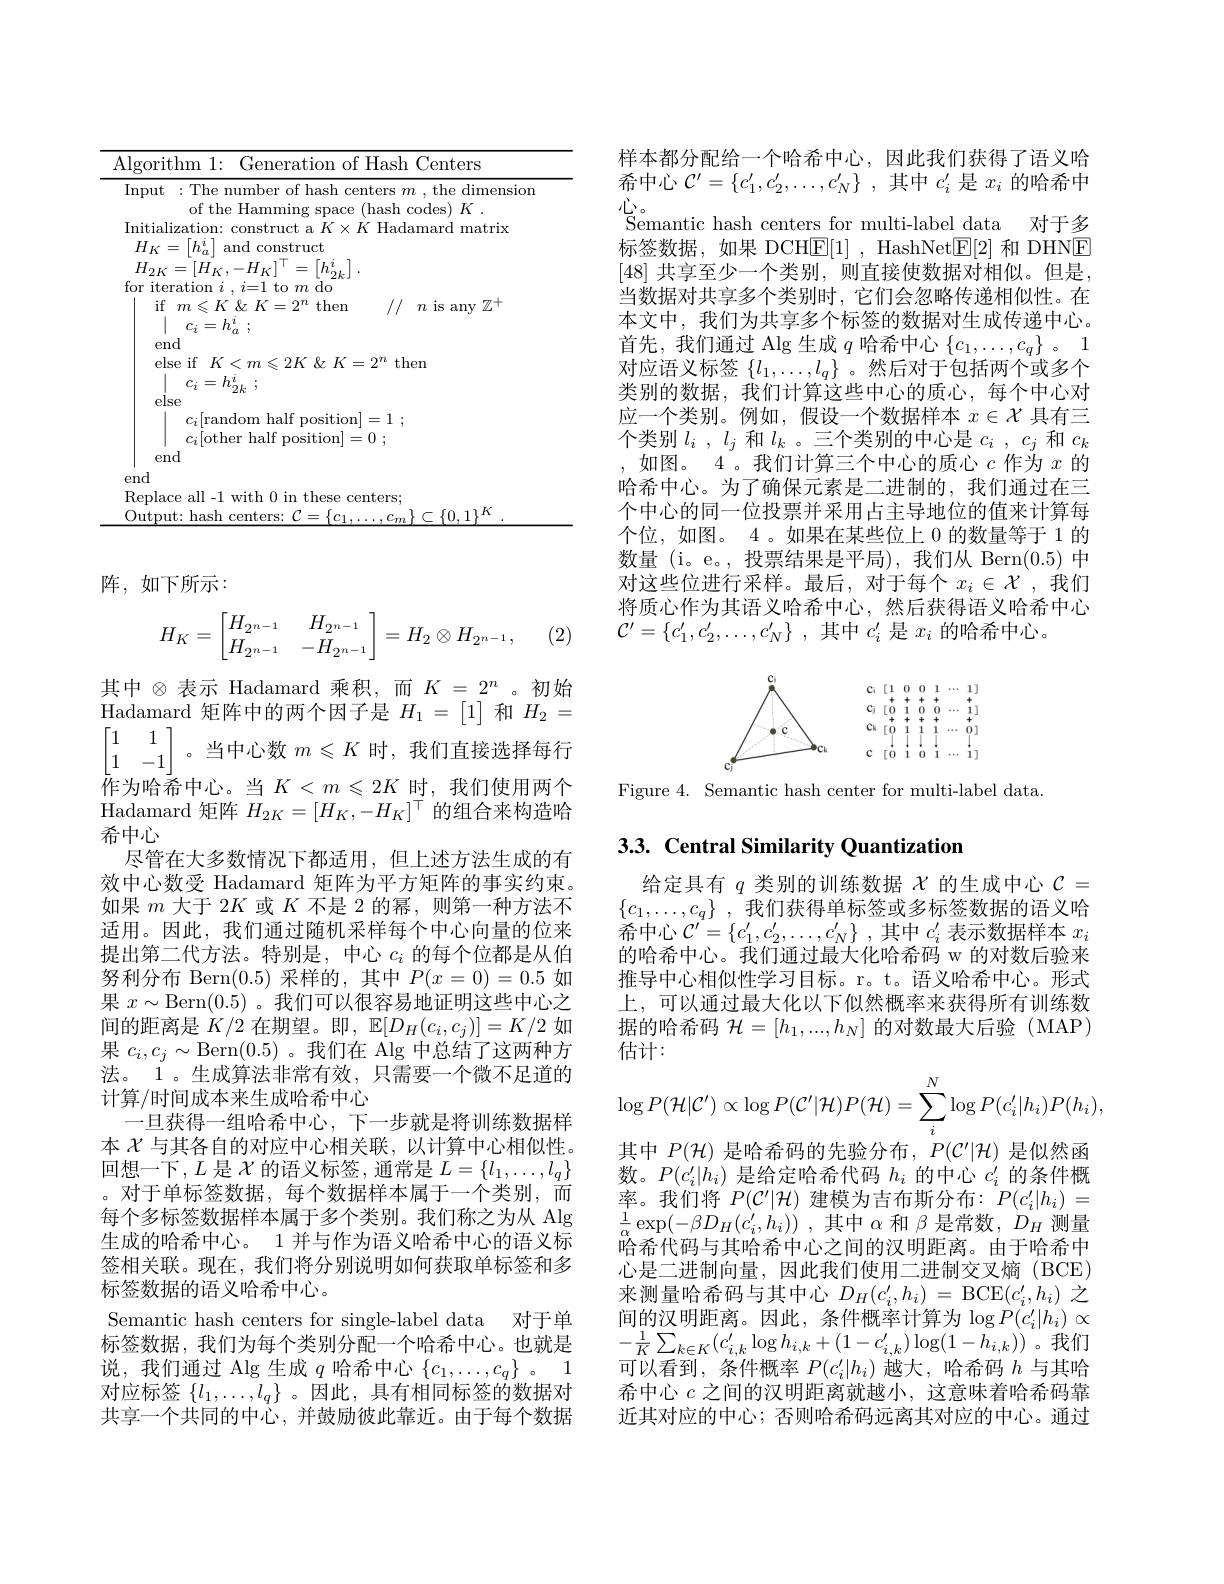
<table>
	<tbody>
		<tr>
			<td>$\overline{\mathrm{Alg}}.$ $f$ T T</td>
			<td>hm 1: Generation of Hash Centers $\cdot$</td>
		</tr>
		<tr>
			<td>$\overline{\mathrm{InF}}$</td>
			<td>:The number of hash centers $m$ .the dimensior</td>
		</tr>
		<tr>
			<td>$I_{\mathrm{h}}$ [ ni - $\frac{1}{2}=\frac{1}{2}=\frac{1}{2}$ </td>
			<td> </td>
		</tr>
		<tr>
			<td>$H$ $H$ for</td>
			<td>$\left[h_{a}^{i}\right]$ and construct $=[H_{K},-H_{K}]^{\top}=\begin{bmatrix}h_{2k}^{i}\end{bmatrix}.$ $\operatorname { ration} i$ , $i= 1$ to $m$ do</td>
		</tr>
		<tr>
			<td> </td>
			<td>${}^{\nu}2k$ $ie$ $c_{i}[$random half position]=1 ; $c_{i}[$other half position]=0 ; d</td>
		</tr>
		<tr>
			<td>enc</td>
			<td> </td>
		</tr>
		<tr>
			<td>Re</td>
			<td>all 11 enters $\because$P 571+h -1+</td>
		</tr>
		<tr>
			<td>$0_{\mathrm{l}}$ 11 1 1 1 1 1 1</td>
			<td>125 211 1</td>
		</tr>
	</tbody>
</table>

阵，如下所示：

(2)
$$H_K=\begin{bmatrix}H_{2^{n-1}}&&H_{2^{n-1}}\\H_{2^{n-1}}&&-H_{2^{n-1}}\end{bmatrix}=H_2\otimes H_{2^{n-1}},$$
其中$\otimes$表示 Hadamard 乘积，而$K=2^n$。初始$\mathop{\text{Hadamard 矩阵中的两个因子是 }}H_1=[1]$和$H_2=$ $\begin{bmatrix}1&1\\1&-1\end{bmatrix}$。当中心数$m\leqslant K$时，我们直接选择每行$\bar{\text{作为哈希中心。当 }K}<m\leqslant2K$时，我们使用两个Hadamard 矩阵$H_{2K}=[H_K,-H_K]^\top$的组合来构造哈希中心
尽管在大多数情况下都适用，但上述方法生成的有效中心数受 Hadamard 矩阵为平方矩阵的事实约束。如果$m$大于 2$K$或$K$不是 2 的幂，则第一种方法不适用。因此，我们通过随机采样每个中心向量的位来提出第二代方法。特别是，中心$c_i$的每个位都是从伯努利分布 Bern(0.5)采样的，其中$P(x=0)=0.5$如果$x\sim$Bern(0.5) 。我们可以很容易地证明这些中心之间的距离是$K/2$在期望。即$,\mathbb{E}[D_H(c_i,c_j)]=K/2$如果$c_i,c_j\sim$Bern(0.5) 。我们在 Alg 中总结了这两种方法。1。生成算法非常有效，只需要一个微不足道的计算/时间成本来生成哈希中心
一旦获得一组哈希中心，下一步就是将训练数据样本$\chi$与其各自的对应中心相关联，以计算中心相似性。回想一下$,L$ 是$\mathcal{X}$ 的语义标签，通常是 $L=\{l_1,\ldots,l_q\}$ 。对于单标签数据，每个数据样本属于一个类别，而每个多标签数据样本属于多个类别。我们称之为从 Alg 生成的哈希中心。1 并与作为语义哈希中心的语义标签相关联。现在，我们将分别说明如何获取单标签和多标签数据的语义哈希中心。
Semantic hash centers for single-label data 对于单标签数据，我们为每个类别分配一个哈希中心。也就是说，我们通过 Alg 生成$q$哈希中心$\{c_1,\ldots,c_q\}$ 。1对应标签$\{l_1,\ldots,l_q\}$ 。因此，具有相同标签的数据对共享一个共同的中心，并鼓励彼此靠近。由于每个数据

样本都分配给一个哈希中心，因此我们获得了语义哈希中心$C^\prime = \{ c_1^{\prime }, c_2^{\prime }, \ldots , c_N^{\prime }\}$ ,其中$c_i^\prime$是$x_i$的哈希中$心$。
Semantic hash centers for multi-label data 对于多标签数据，如果 DCH$\underline{\mathrm{E}}[1]$, HashNet$\underline{\mathrm{E}}[2]$和 DHNE [48] 共享至少一个类别，则直接使数据对相似。但是， 当数据对共享多个类别时，它们会忽略传递相似性。在本文中，我们为共享多个标签的数据对生成传递中心。首先，我们通过 Alg 生成$q$哈希中心$\{c_1,\ldots,c_q\}$ 。1对应语义标签$\{l_1,\ldots,l_q\}$ 。然后对于包括两个或多个类别的数据，我们计算这些中心的质心，每个中心对应一个类别。例如，假设一个数据样本$x\in\mathcal{X}$具有三个类别$l_i$ , $l_j$ 和$l_k$ 。三个类别的中心是 $c_i$ , $c_j$ 和 $c_k$ ,如图。4。我们计算三个中心的质心$c$作为$x$的哈希中心。为了确保元素是二进制的，我们通过在三个中心的同一位投票并采用占主导地位的值来计算每个位，如图。4。如果在某些位上 0 的数量等于 1 的数量 (i。e。,投票结果是平局),我们从 Bern(0.5)中对这些位进行采样。最后，对于每个$x_i\in\mathcal{X}$ ,我们将质心作为其语义哈希中心，然后获得语义哈希中心$\mathcal{C} ^{\prime }= \{ c_1^{\prime }, c_2^{\prime }, \ldots , c_N^{\prime }\}$ ,其中$c_i^\prime$是$x_i$的哈希中心。

<FigureHere>

Figure 4. Semantic hash center for multi-label data.

# 3.3. Central Similarity Quantization

给定具有$q$类别的训练数据$\chi$的生成中心$\mathcal{C}=$ $\{ c_1, \ldots , c_q\}$ ,我们获得单标签或多标签数据的语义哈希中心$\mathcal{C} ^\prime = \{ c_1^{\prime }, c_2^{\prime }, \ldots , c_N^{\prime }\}$ ,其中$c_i^\prime$表示数据样本$x_i$ 的哈希中心。我们通过最大化哈希码 w 的对数后验来推导中心相似性学习目标。r。t。语义哈希中心。形式上，可以通过最大化以下似然概率来获得所有训练数据的哈希码$\mathcal{H}=[h_1,...,h_N]$的对数最大后验(MAP) 估计：
$$\log P(\mathcal{H}|\mathcal{C}')\propto\log P(\mathcal{C}'|\mathcal{H})P(\mathcal{H})=\sum_{i}^{N}\log P(c_{i}'|h_{i})P(h_{i}),$$
其中$P(\mathcal{H})$是哈希码的先验分布，$P(\mathcal{C}^\prime|\mathcal{H})$是似然函数。$P(c_i^{\prime}|h_i)$是给定哈希代码$h_i$的中心$c_i^\prime$的条件概率。我们将$P(\mathcal{C}^\prime|\mathcal{H})$建模为吉布斯分布：$P(c_i^\prime|h_i)=$ $\frac 1\alpha \exp ( - \beta D_{H}( c_{i}^{\prime }, h_{i}) )$ ,其中$\alpha$ 和$\beta$是常数$,D_H$测量$\bar{\text{哈希代码与其哈希中心之间的汉明距离。由于哈希中}}$ 心是二进制向量，因此我们使用二进制交叉熵(BCE) 来测量哈希码与其中心$D_H(c_i^{\prime},h_i)=$ BCE$(c_i^{\prime},h_i)$之间的汉明距离。因此，条件概率计算为$\log P(c_i^{\prime}|h_i)\propto$ $-\frac{1}{K}\sum_{k\in K}(c_{i,k}^{\prime}\log h_{i,k}+(1-c_{i,k}^{\prime})\log(1-h_{i,k}))$。我们可以看到，条件概率$P(c_i^\prime|h_i)$越大，哈希码$h$与其哈希中心$c$之间的汉明距离就越小，这意味着哈希码靠近其对应的中心；否则哈希码远离其对应的中心。通过